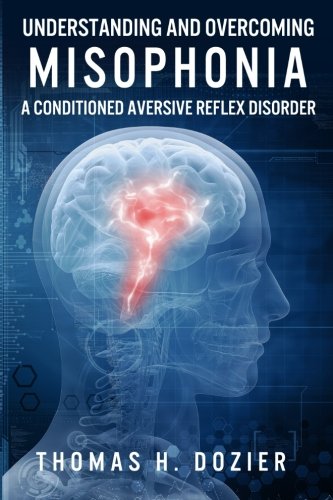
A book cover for Understanding and Overcoming Misophonia: A Conditioned Aversive Reflex Disorder; Thomas H. Dozier; Medical Books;